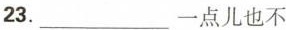
23.___一点儿也不